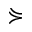
\curlyeqsucc